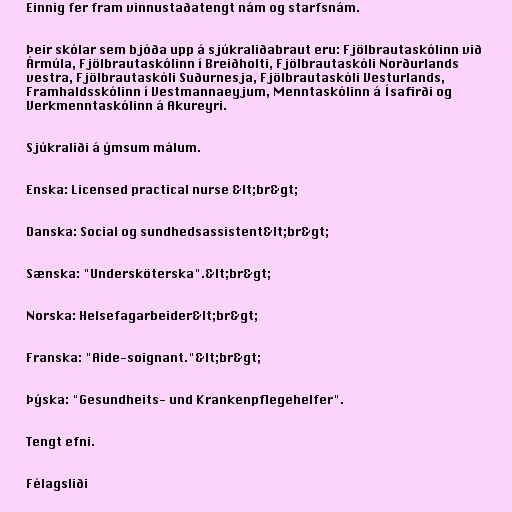
Einnig fer fram vinnustaðatengt nám og starfsnám.

Þeir skólar sem bjóða upp á sjúkraliðabraut eru: Fjölbrautaskólinn við
Ármúla, Fjölbrautaskólinn í Breiðholti, Fjölbrautaskóli Norðurlands
vestra, Fjölbrautaskóli Suðurnesja, Fjölbrautaskóli Vesturlands,
Framhaldsskólinn í Vestmannaeyjum, Menntaskólinn á Ísafirði og
Verkmenntaskólinn á Akureyri.

Sjúkraliði á ýmsum málum.

Enska: Licensed practical nurse &lt;br&gt;

Danska: Social og sundhedsassistent&lt;br&gt;

Sænska: "Undersköterska".&lt;br&gt;

Norska: Helsefagarbeider&lt;br&gt;

Franska: "Aide-soignant."&lt;br&gt;

Þýska: "Gesundheits- und Krankenpflegehelfer".

Tengt efni.

Félagsliði